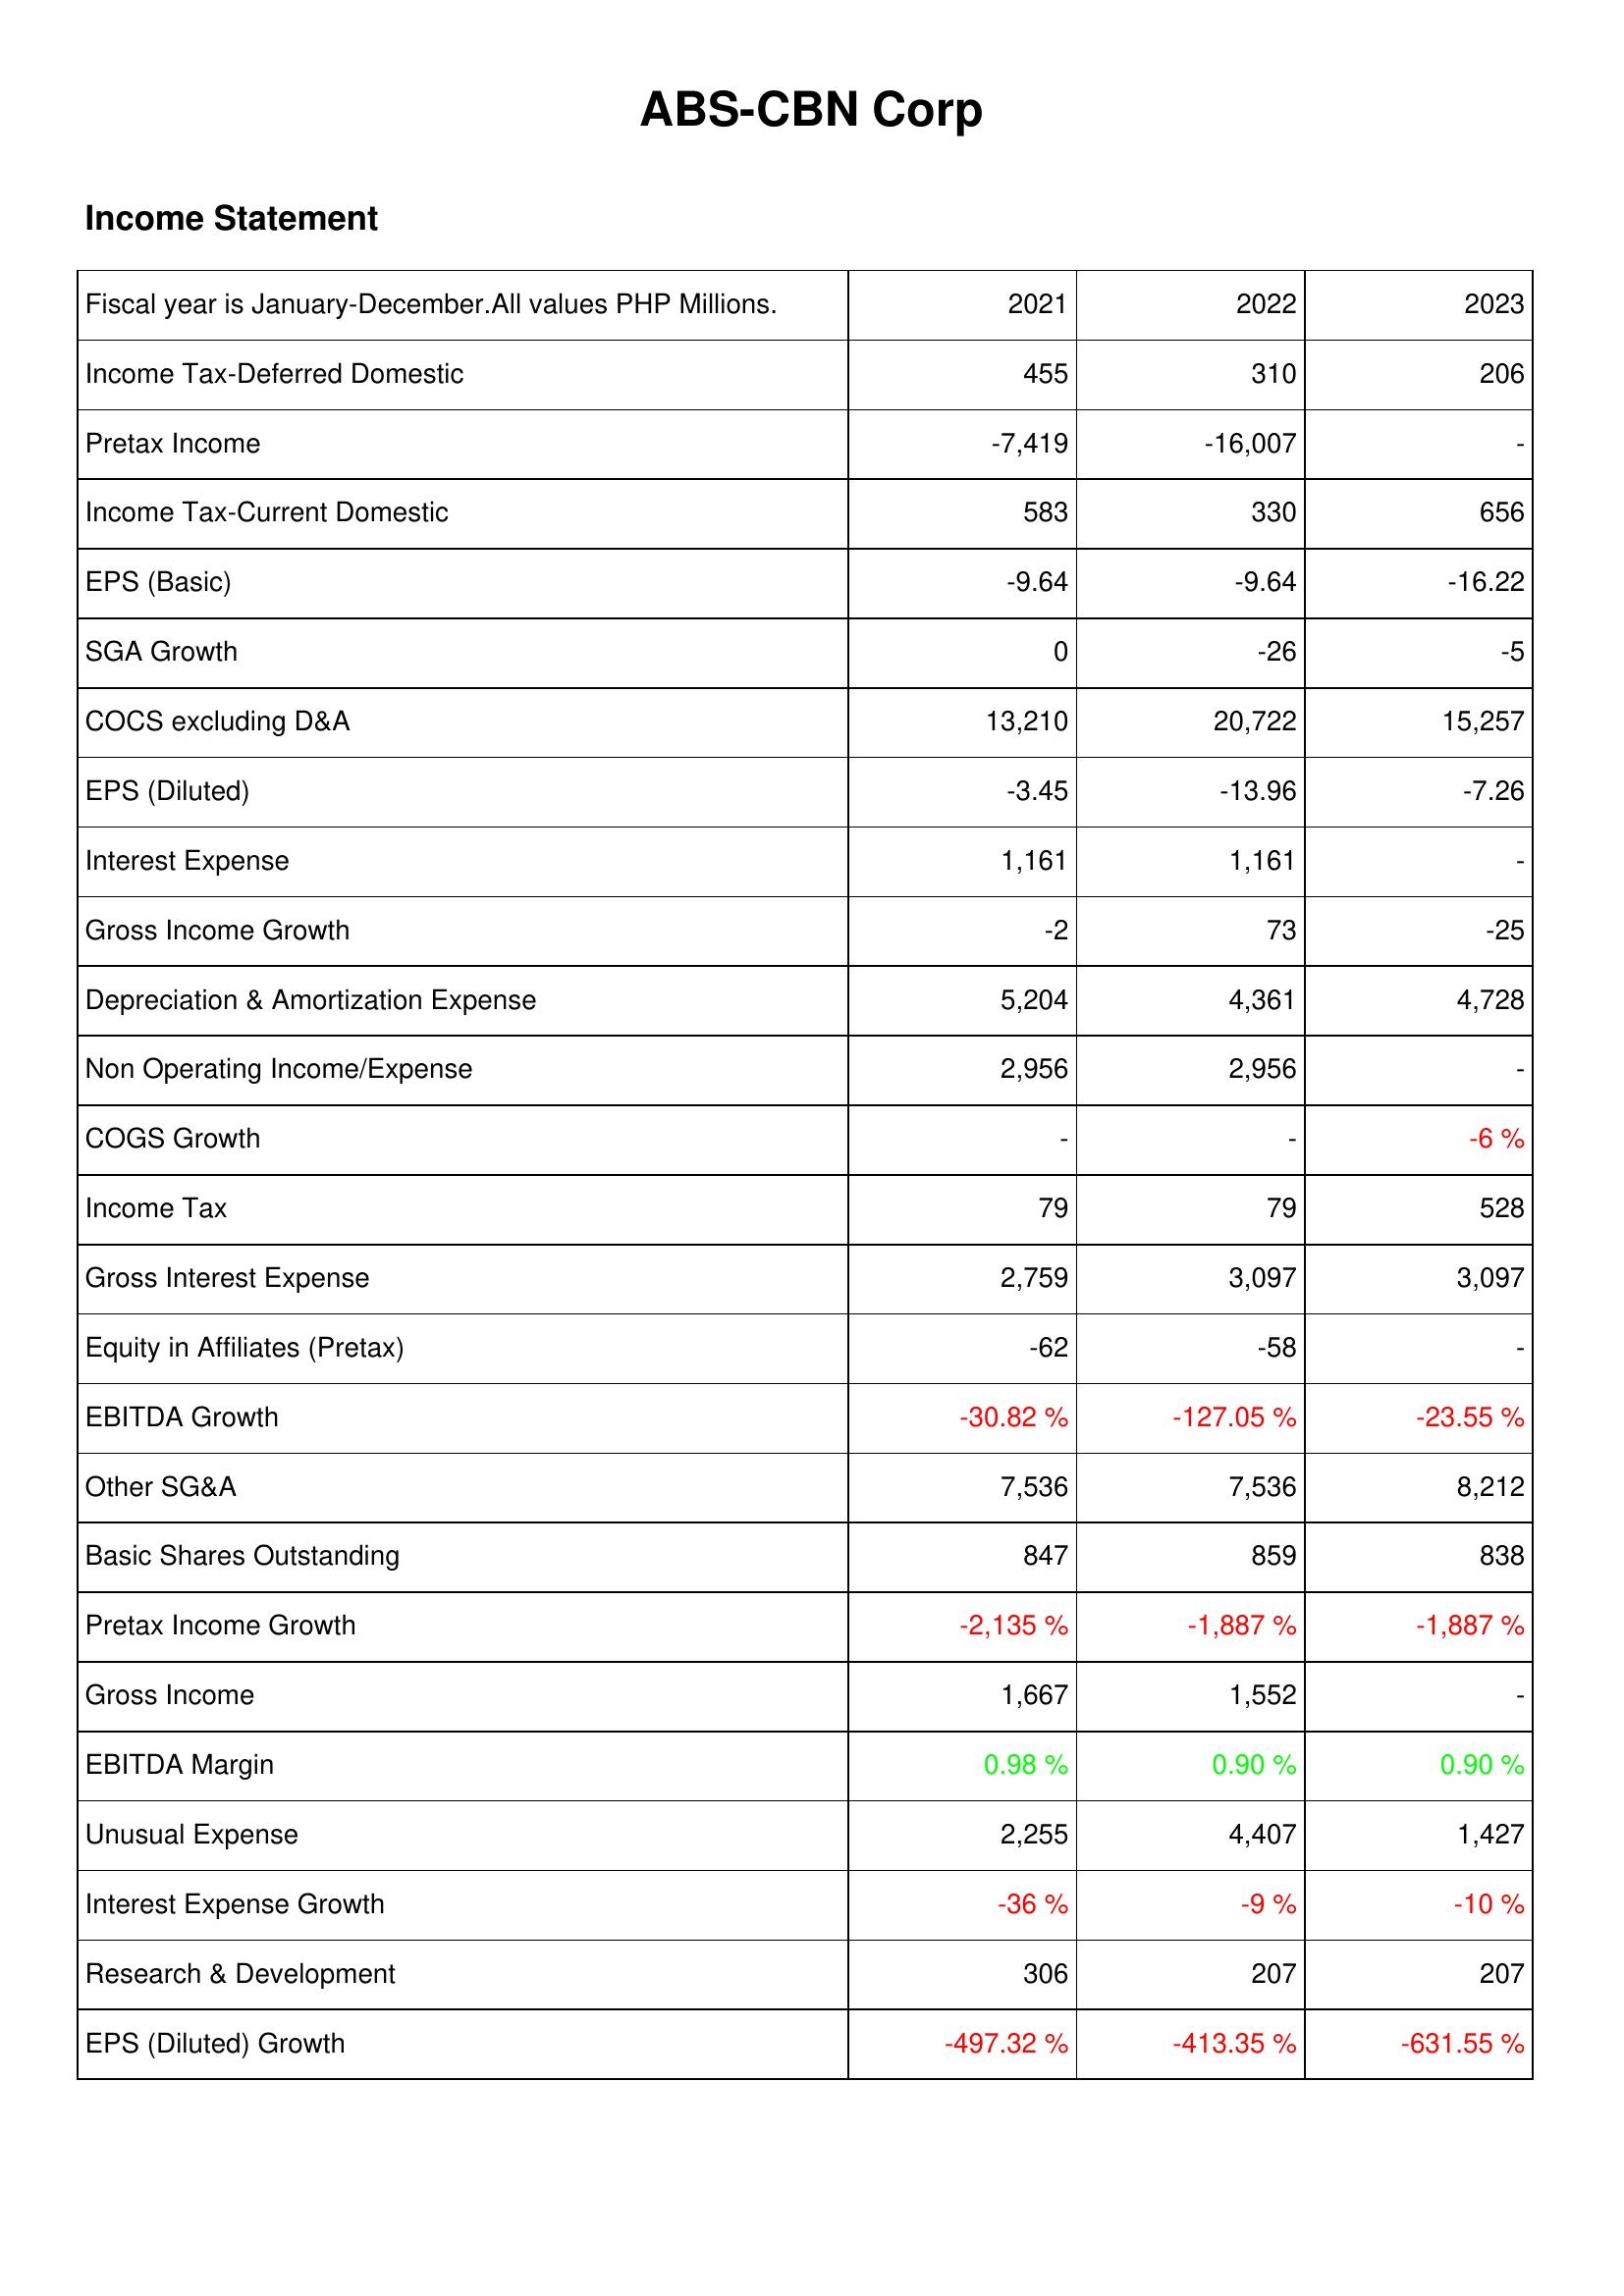
2021: Income Statement: Income Tax-Deferred Domestic: 455
Pretax Income: -7,419
Income Tax-Current Domestic: 583
EPS (Basic): -9.64
SGA Growth: 0
COCS excluding D&A: 13,210
EPS (Diluted): -3.45
Interest Expense: 1,161
Gross Income Growth: -2
Depreciation & Amortization Expense: 5,204
Non Operating Income/Expense: 2,956
COGS Growth: -
Income Tax: 79
Gross Interest Expense: 2,759
Equity in Affiliates (Pretax): -62
EBITDA Growth: -30.82 %
Other SG&A: 7,536
Basic Shares Outstanding: 847
Pretax Income Growth: -2,135 %
Gross Income: 1,667
EBITDA Margin: 0.98 %
Unusual Expense: 2,255
Interest Expense Growth: -36 %
Research & Development: 306
EPS (Diluted) Growth: -497.32 %
2022: Income Statement: Income Tax-Deferred Domestic: 310
Pretax Income: -16,007
Income Tax-Current Domestic: 330
EPS (Basic): -9.64
SGA Growth: -26
COCS excluding D&A: 20,722
EPS (Diluted): -13.96
Interest Expense: 1,161
Gross Income Growth: 73
Depreciation & Amortization Expense: 4,361
Non Operating Income/Expense: 2,956
COGS Growth: -
Income Tax: 79
Gross Interest Expense: 3,097
Equity in Affiliates (Pretax): -58
EBITDA Growth: -127.05 %
Other SG&A: 7,536
Basic Shares Outstanding: 859
Pretax Income Growth: -1,887 %
Gross Income: 1,552
EBITDA Margin: 0.90 %
Unusual Expense: 4,407
Interest Expense Growth: -9 %
Research & Development: 207
EPS (Diluted) Growth: -413.35 %
2023: Income Statement: Income Tax-Deferred Domestic: 206
Pretax Income: -
Income Tax-Current Domestic: 656
EPS (Basic): -16.22
SGA Growth: -5
COCS excluding D&A: 15,257
EPS (Diluted): -7.26
Interest Expense: -
Gross Income Growth: -25
Depreciation & Amortization Expense: 4,728
Non Operating Income/Expense: -
COGS Growth: -6 %
Income Tax: 528
Gross Interest Expense: 3,097
Equity in Affiliates (Pretax): -
EBITDA Growth: -23.55 %
Other SG&A: 8,212
Basic Shares Outstanding: 838
Pretax Income Growth: -1,887 %
Gross Income: -
EBITDA Margin: 0.90 %
Unusual Expense: 1,427
Interest Expense Growth: -10 %
Research & Development: 207
EPS (Diluted) Growth: -631.55 %